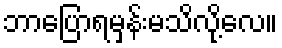
ဘာပြောရမှန်းမသိလို့လေ။